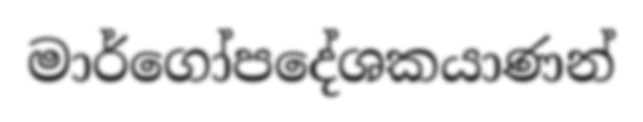
මාර්ගෝපදේශකයාණන්